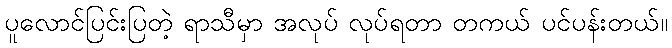
ပူလောင်ပြင်းပြတဲ့ ရာသီမှာ အလုပ် လုပ်ရတာ တကယ် ပင်ပန်းတယ်။